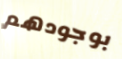
بوجودهم